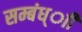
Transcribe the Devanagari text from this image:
सम्बंध्ाी